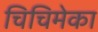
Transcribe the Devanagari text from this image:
चिचिमेका